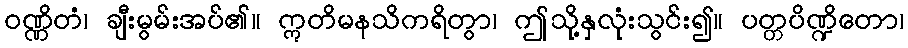
ဝဏ္ဏိတံ၊ ချီးမွမ်းအပ်၏။ ဣတိမနသိကရိတွာ၊ ဤသို့နှလုံးသွင်း၍။ ပတ္တပိဏ္ဍိတော၊